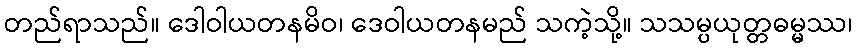
တည်ရာသည်။ ဒေါဝါယတနမိဝ၊ ဒေဝါယတနမည် သကဲ့သို့။ သသမ္ပယုတ္တဓမ္မဿ၊